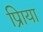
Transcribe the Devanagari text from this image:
प्रिाया